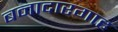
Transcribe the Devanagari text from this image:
बनादारगाह